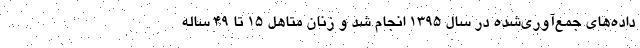
داده‌های جمع‌آوری‌شده در سال ۱۳۹۵ انجام شد و زنان متاهل ۱۵ تا ۴۹ ساله